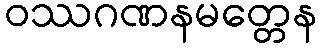
ဝဿဂဏနမတ္တေန